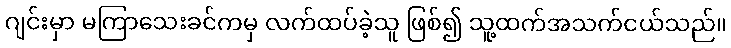
ဂျင်းမှာ မကြာသေးခင်ကမှ လက်ထပ်ခဲ့သူ ဖြစ်၍ သူ့ထက်အသက်ငယ်သည်။